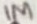
Text: 1M